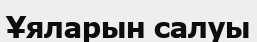
Ұяларын салуы